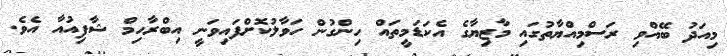
މިއަދު ބޭއްވި ރަސްމިއްޔާތުގައި މާޒިޔާގެ އެކަޑަމީތައް ހިންގުން ހަވާލުކޮށްފައިވަނީ އިބްރާހިމް ޝާފިއުއާ އެވެ.